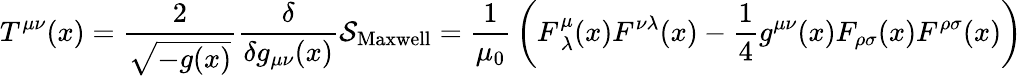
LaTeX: T^{\mu\nu}(x)={\frac{2}{\sqrt{-g(x)}}}{\frac{\delta}{\delta g_{\mu\nu}(x)}}{\mathcal{S}}_{\mathrm{Maxwell}}={\frac{1}{\mu_{0}}}\left(F_{{\mathrm{~}}\lambda}^{\mu}(x)F^{\nu\lambda}(x)-{\frac{1}{4}}g^{\mu\nu}(x)F_{\rho\sigma}(x)F^{\rho\sigma}(x)\right)